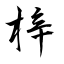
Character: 梓